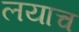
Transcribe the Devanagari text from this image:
लयाच